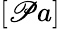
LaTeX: [\mathscr{P}a]